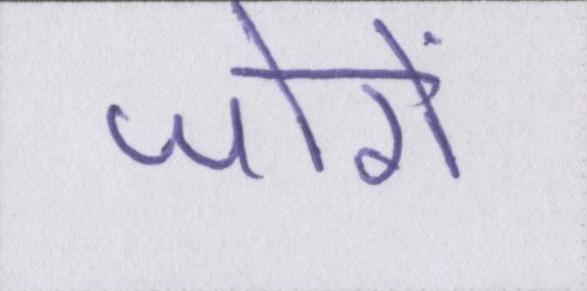
जोरों